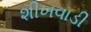
શીખવાડી